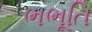
ભભૂતિ